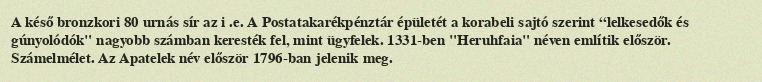
A késő bronzkori 80 urnás sír az i .e. A Postatakarékpénztár épületét a korabeli sajtó szerint “lelkesedők és gúnyolódók" nagyobb számban keresték fel, mint ügyfelek. 1331-ben "Heruhfaia" néven említik először. Számelmélet. Az Apatelek név először 1796-ban jelenik meg.